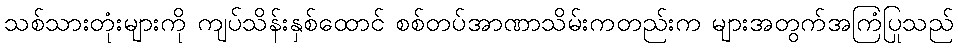
သစ်သားတုံးများကို ကျပ်သိန်းနှစ်ထောင် စစ်တပ်အာဏာသိမ်းကတည်းက များအတွက်အကြံပြုသည်